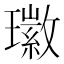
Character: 𤪖